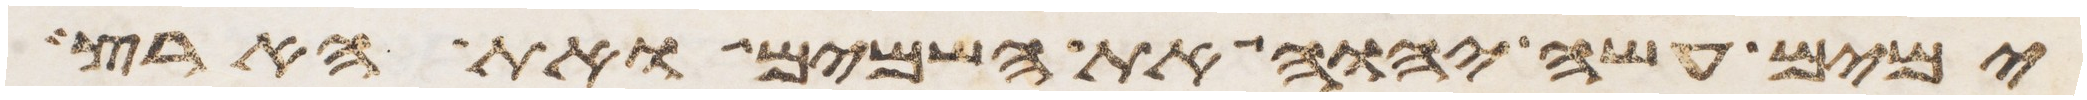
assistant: ימים עשה יהוה את השמים ואת הארץ